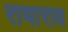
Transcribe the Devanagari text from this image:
रायाराव